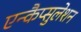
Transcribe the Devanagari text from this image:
एन्कैप्सुलेशन